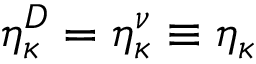
\eta _ { \kappa } ^ { D } = \eta _ { \kappa } ^ { \nu } \equiv \eta _ { \kappa }